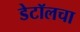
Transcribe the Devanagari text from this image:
डेटॉलचा